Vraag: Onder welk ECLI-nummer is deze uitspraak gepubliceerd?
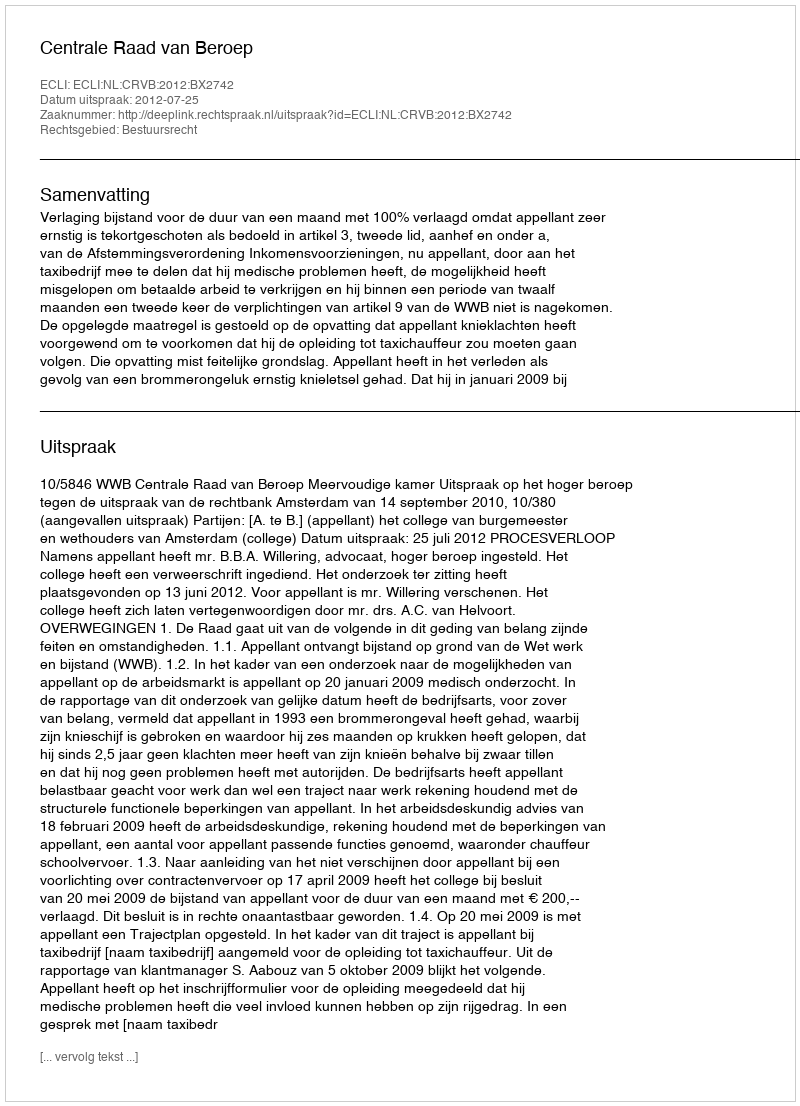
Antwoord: ECLI:NL:CRVB:2012:BX2742